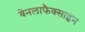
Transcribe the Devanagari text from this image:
वेनलाफैक्साइन